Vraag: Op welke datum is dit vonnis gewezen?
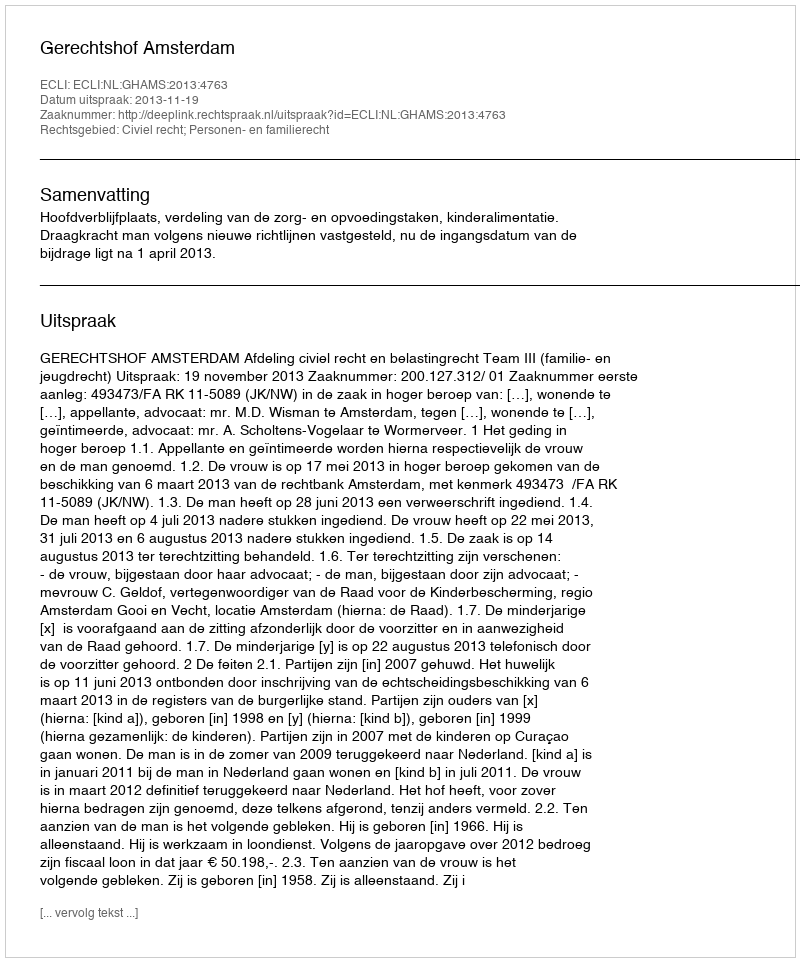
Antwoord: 2013-11-19